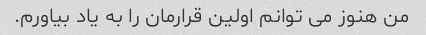
من هنوز می توانم اولین قرارمان را به یاد بیاورم.